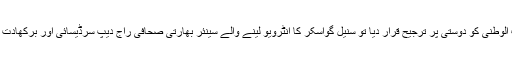
سنیل گواسکر کی پاکستان جانے سے معذرت کے بعد بھارتی میڈیا نے اسے حب الوطنی کو دوستی پر ترجیح قرار دیا تو سنیل گواسکر کا انٹرویو لینے والے سینئر بھارتی صحافی راج دیپ سرڈیسائی اور برکھادت نے کہا کہ غیر ضروری طور پر باتوں کو غلط رنگ دینے سے گریز کیا جائے۔